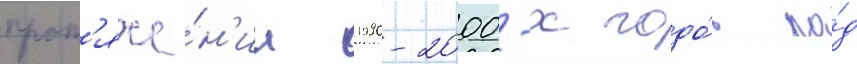
прот'яже́н'ии 1990-2000-х годо́в по́д